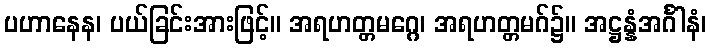
ပဟာနေန၊ ပယ်ခြင်းအားဖြင့်။ အရဟတ္တမဂ္ဂေ၊ အရဟတ္တမဂ်၌။ အဋ္ဌန္နံအင်္ဂါနံ၊